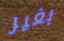
بغير